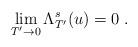
LaTeX: \begin{align*}\lim_{T'\rightarrow 0}\Lambda ^s_{T'}(u)=0\;.\end{align*}